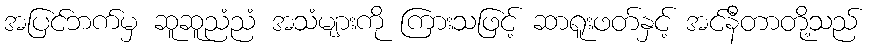
အပြင်ဘက်မှ ဆူဆူညံညံ အသံများကို ကြားသဖြင့် ဆာရူးဖတ်နှင့် အင်နီတာတို့သည်